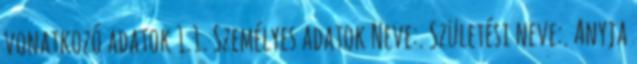
vonatkozó adatok 1.1. Személyes adatok Neve:. Születési neve:. Anyja